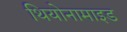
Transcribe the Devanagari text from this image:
थियोनामाइड